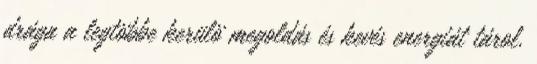
drága a legtöbbe kerülö megoldás és kevés energiát tárol.